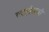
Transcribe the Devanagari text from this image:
त्याहीआधी